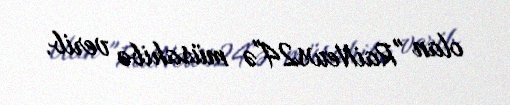
olan "RaiNews24"ə müsahibə verib.